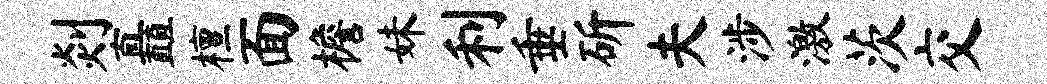
剡矗檀面檐妹利垂斫夫涉激茨交